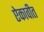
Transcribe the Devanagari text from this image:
ऐकावीत